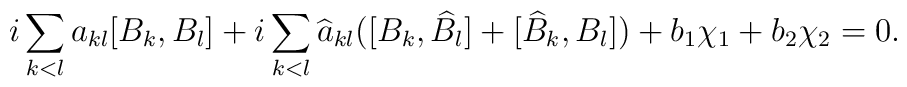
i\sum_{k<l} a_{kl} [B_k,B_l] + i\sum_{k<l} \widehat{a}_{kl} ( [B_k,\widehat{B}_l] + [\widehat{B}_k,B_l] ) + b_1 \chi_1 + b_2 \chi_2 = 0.